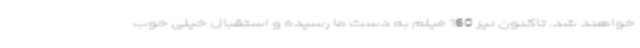
خواهند شد. تاکنون نیز 160 فیلم به دست ما رسیده و استقبال خیلی خوب